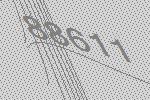
88611